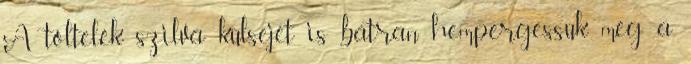
A töltelék szilva külsejét is bátran hempergessük meg a